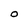
Character: O